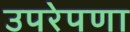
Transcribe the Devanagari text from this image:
उपरेपणा